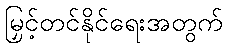
မြှင့်တင်နိုင်ရေးအတွက်